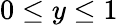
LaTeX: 0\leq y\leq 1